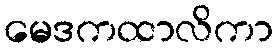
မေဒကထာလိကာ